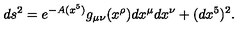
d s ^ { 2 } = e ^ { - A ( x ^ { 5 } ) } g _ { \mu \nu } ( x ^ { \rho } ) d x ^ { \mu } d x ^ { \nu } + ( d x ^ { 5 } ) ^ { 2 } .